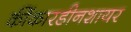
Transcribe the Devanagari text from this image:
कींकारडीनशायर